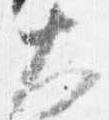
大